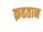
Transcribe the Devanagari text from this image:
क़हतान